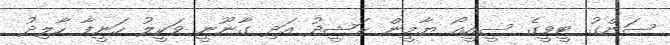
ސަންގު ޓީވީގެ ސީއީއޯ ޔާމީން ރަޝީދު އަދި ގާނޫނީ ވަކީލު ހަނީފާ ހާލިދު